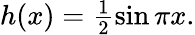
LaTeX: \begin{array}{r}{h(x)=\frac{1}{2}\sin\pi x.}\end{array}